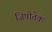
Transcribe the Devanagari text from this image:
ज़िपोतेक